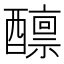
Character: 𫑾